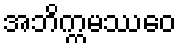
အဘိက္ကမဿေဝ